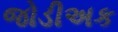
જોડીઅક